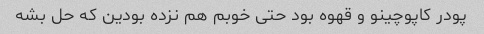
پودر کاپوچینو و قهوه بود حتی خوبم هم نزده بودین که حل بشه